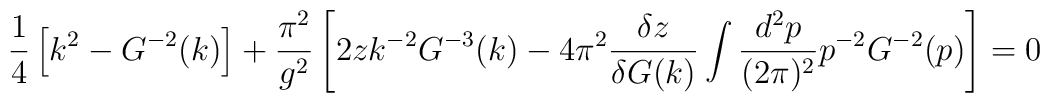
\frac{1}{4}\left[k^2-G^{-2}(k)\right]+\frac{\pi^2}{g^2} \left[ 2zk^{-2}G^{-3}(k)-4\pi^2\frac{\delta z}{\delta G(k)}\int \frac{d^2p}{(2\pi)^2} p^{-2}G^{-2}(p) \right]=0